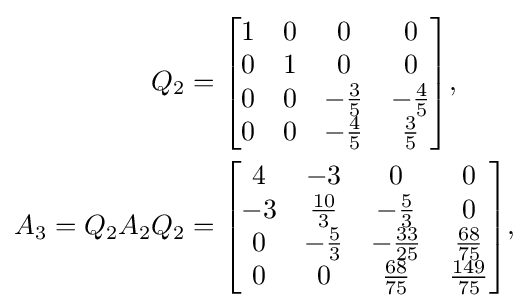
{\begin{aligned}Q_{2}&={\begin{bmatrix}1&0&0&0\\0&1&0&0\\0&0&-{\frac {3}{5}}&-{\frac {4}{5}}\\0&0&-{\frac {4}{5}}&{\frac {3}{5}}\end{bmatrix}},\\A_{3}=Q_{2}A_{2}Q_{2}&={\begin{bmatrix}4&-3&0&0\\-3&{\frac {10}{3}}&-{\frac {5}{3}}&0\\0&-{\frac {5}{3}}&-{\frac {33}{25}}&{\frac {68}{75}}\\0&0&{\frac {68}{75}}&{\frac {149}{75}}\end{bmatrix}},\end{aligned}}